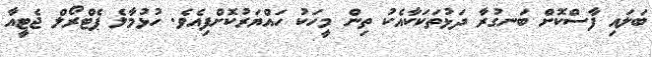
ބަލައި ފާސްކޮށް ބަނގުރާ ދަޅުތަކަކާއެކު ތިން މީހަކު ހައްޔަރުކޮށްފިއެވެ. ހުޅުމާލެ ޕެޓްރޯލް ޖެޓީއާ